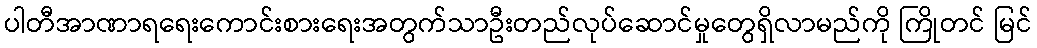
ပါတီအာဏာရရေးကောင်းစားရေးအတွက်သာဦးတည်လုပ်ဆောင်မှုတွေရှိလာမည်ကို ကြိုတင် မြင်